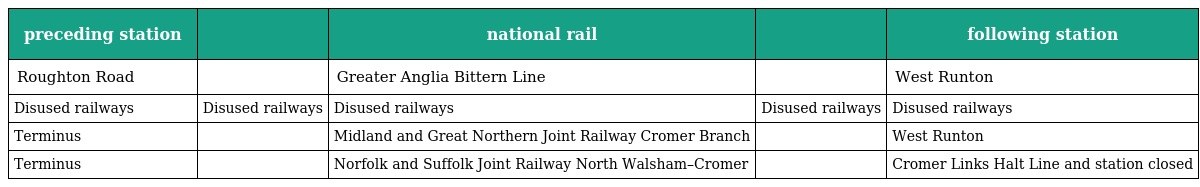
| preceding station |  | national rail |  | following station |
 | --- | --- | --- | --- | --- |
 | Roughton Road |  | Greater Anglia Bittern Line |  | West Runton |
 | Disused railways | Disused railways | Disused railways | Disused railways | Disused railways |
 | Terminus |  | Midland and Great Northern Joint Railway Cromer Branch |  | West Runton |
 | Terminus |  | Norfolk and Suffolk Joint Railway North Walsham–Cromer |  | Cromer Links Halt Line and station closed |